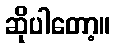
ဆိုပါတော့။